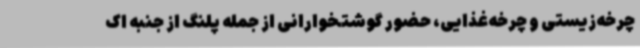
چرخه‌زیستی و چرخه‌غذایی، حضور گوشتخوارانی از جمله پلنگ از جنبه اک